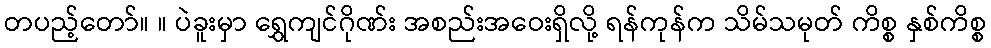
တပည့်တော်။ ။ ပဲခူးမှာ ရွှေကျင်ဂိုဏ်း အစည်းအဝေးရှိလို့ ရန်ကုန်က သိမ်သမုတ် ကိစ္စ နှစ်ကိစ္စ